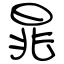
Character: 晁